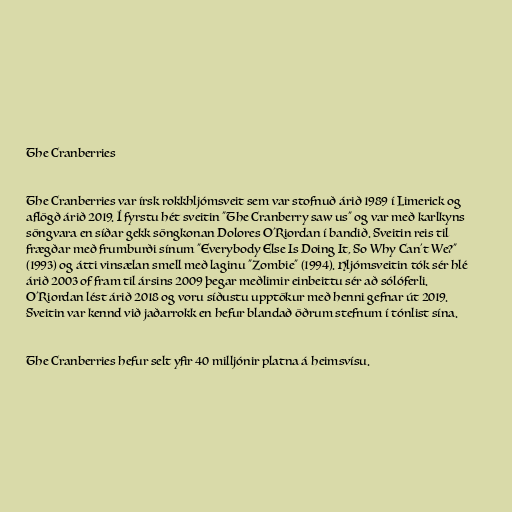
The Cranberries

The Cranberries var írsk rokkhljómsveit sem var stofnuð árið 1989 í Limerick og
aflögð árið 2019. Í fyrstu hét sveitin "The Cranberry saw us" og var með karlkyns
söngvara en síðar gekk söngkonan Dolores O'Riordan í bandið. Sveitin reis til
frægðar með frumburði sínum "Everybody Else Is Doing It, So Why Can't We?"
(1993) og átti vinsælan smell með laginu "Zombie" (1994). Hljómsveitin tók sér hlé
árið 2003 of fram til ársins 2009 þegar meðlimir einbeittu sér að sólóferli.
O'Riordan lést árið 2018 og voru síðustu upptökur með henni gefnar út 2019.
Sveitin var kennd við jaðarrokk en hefur blandað öðrum stefnum í tónlist sína.

The Cranberries hefur selt yfir 40 milljónir platna á heimsvísu.